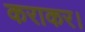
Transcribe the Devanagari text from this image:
कराकर।